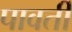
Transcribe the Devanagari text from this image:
पावर्ती